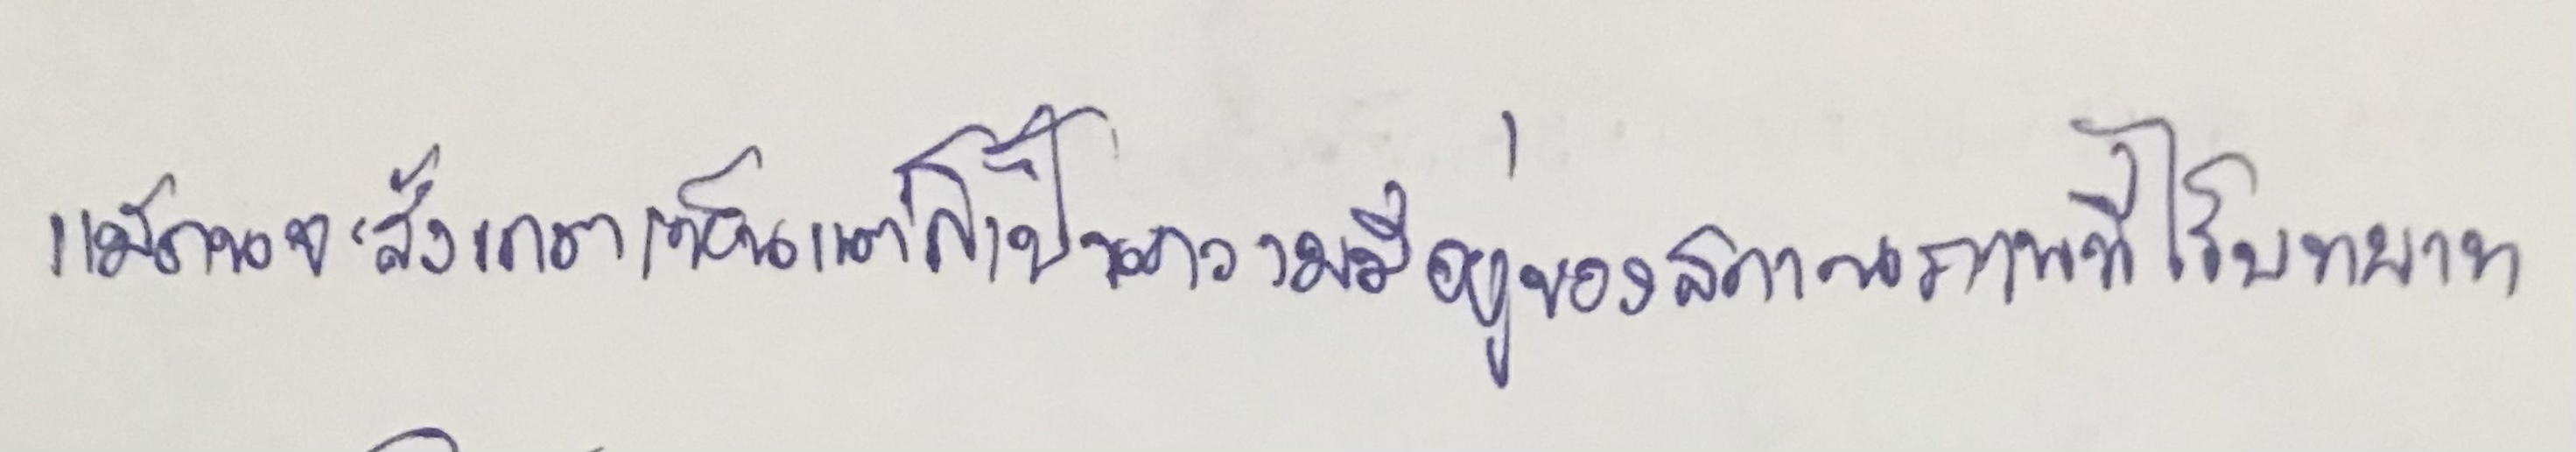
แม้คนจะสังเกตเห็นแต่ก็เป็นความมีอยู่ของสถานภาพที่ไร้บทบาท